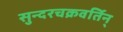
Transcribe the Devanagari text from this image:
सुन्दरचक्रवर्तिन्